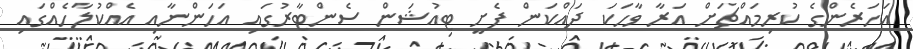
އަހަރެންގެ ކުރިމައްޗަށް އަރާ ވާހަކަ ދައްކަން ފެށީ ޓިއުޝަން ސެންޓާރުގައި އަހަންނާއި އެއްކުލާހެއްގައި